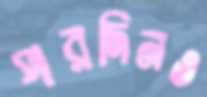
পরদিনও